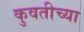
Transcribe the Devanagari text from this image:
कुवतीच्या